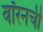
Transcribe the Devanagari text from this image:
वॉरनची